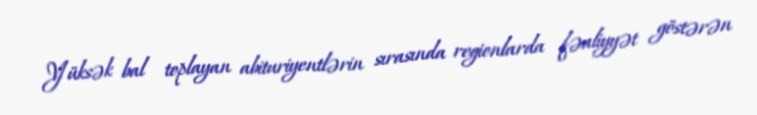
Yüksək bal toplayan abituriyentlərin sırasında regionlarda fəaliyyət göstərən